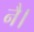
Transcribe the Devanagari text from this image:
नै।